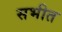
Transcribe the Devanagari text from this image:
सभीत